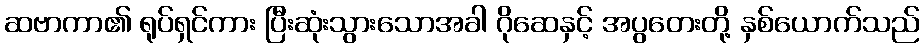
ဆဗာကာ၏ ရုပ်ရှင်ကား ပြီးဆုံးသွားသောအခါ ဂိုဆေနှင့် အပွတေးတို့ နှစ်ယောက်သည်